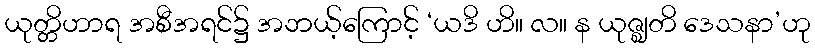
ယုတ္တိဟာရ အစီအရင်၌ အဘယ့်ကြောင့် ‘ယဒိ ဟိ။ လ။ န ယုဇ္ဈတိ ဒေသနာ’ဟု